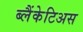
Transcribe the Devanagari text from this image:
ब्लैंकेटिअस